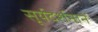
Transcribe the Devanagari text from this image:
सूर्यदर्शनानें